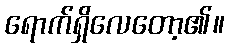
ရောက်ရှိလေတော့၏။